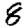
Digit: 8